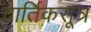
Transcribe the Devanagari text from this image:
वार्तिकसूत्र